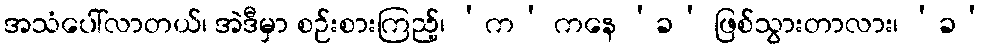
အသံပေါ်လာတယ်၊ အဲဒီမှာ စဉ်းစားကြည့်၊ ‘က’ ကနေ ‘ခ’ ဖြစ်သွားတာလား၊ ‘ခ’